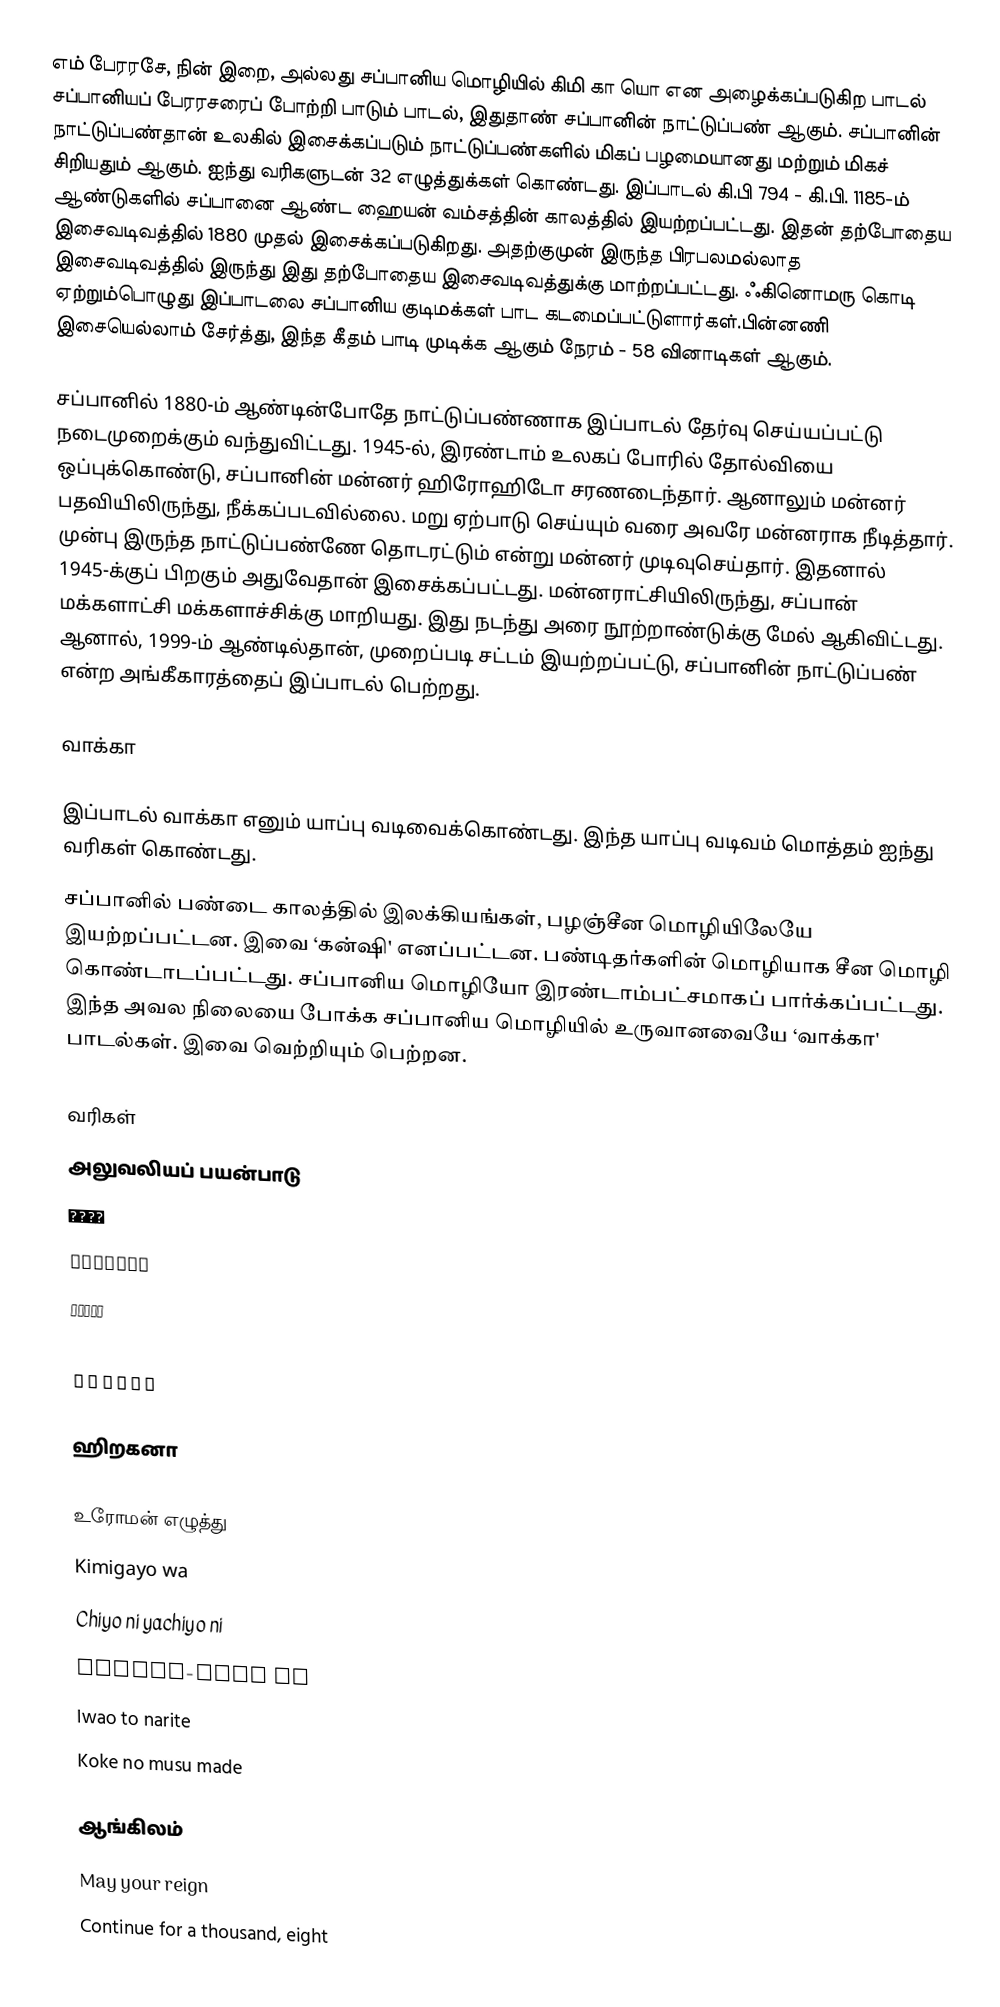
எம் பேரரசே, நின் இறை, அல்லது சப்பானிய மொழியில் கிமி கா யொ என அழைக்கப்படுகிற பாடல் சப்பானியப் பேரரசரைப் போற்றி பாடும் பாடல், இதுதாண் சப்பானின் நாட்டுப்பண் ஆகும். சப்பானின் நாட்டுப்பண்தான் உலகில் இசைக்கப்படும் நாட்டுப்பண்களில் மிகப் பழமையானது மற்றும் மிகச் சிறியதும் ஆகும். ஐந்து வரிகளுடன் 32 எழுத்துக்கள் கொண்டது. இப்பாடல் கி.பி 794 - கி.பி. 1185-ம் ஆண்டுகளில் சப்பானை ஆண்ட ஹையன் வம்சத்தின் காலத்தில் இயற்றப்பட்டது. இதன் தற்போதைய இசைவடிவத்தில் 1880 முதல் இசைக்கப்படுகிறது. அதற்குமுன் இருந்த பிரபலமல்லாத இசைவடிவத்தில் இருந்து இது தற்போதைய இசைவடிவத்துக்கு மாற்றப்பட்டது. ஃகினொமரு கொடி ஏற்றும்பொழுது இப்பாடலை சப்பானிய குடிமக்கள் பாட கடமைப்பட்டுளார்கள்.பின்னணி இசையெல்லாம் சேர்த்து, இந்த கீதம் பாடி முடிக்க ஆகும் நேரம் - 58 வினாடிகள் ஆகும்.

சப்பானில் 1880-ம் ஆண்டின்போதே நாட்டுப்பண்ணாக இப்பாடல் தேர்வு செய்யப்பட்டு நடைமுறைக்கும் வந்துவிட்டது. 1945-ல், இரண்டாம் உலகப் போரில் தோல்வியை ஒப்புக்கொண்டு, சப்பானின் மன்னர் ஹிரோஹிடோ சரணடைந்தார். ஆனாலும் மன்னர் பதவியிலிருந்து, நீக்கப்படவில்லை. மறு ஏற்பாடு செய்யும் வரை அவரே மன்னராக நீடித்தார். முன்பு இருந்த நாட்டுப்பண்ணே தொடரட்டும் என்று மன்னர் முடிவுசெய்தார். இதனால் 1945-க்குப் பிறகும் அதுவேதான் இசைக்கப்பட்டது. மன்னராட்சியிலிருந்து, சப்பான் மக்களாட்சி மக்களாச்சிக்கு மாறியது. இது நடந்து அரை நூற்றாண்டுக்கு மேல் ஆகிவிட்டது. ஆனால், 1999-ம் ஆண்டில்தான், முறைப்படி சட்டம் இயற்றப்பட்டு, சப்பானின் நாட்டுப்பண் என்ற அங்கீகாரத்தைப் இப்பாடல் பெற்றது.

வாக்கா

இப்பாடல் வாக்கா எனும் யாப்பு வடிவைக்கொண்டது. இந்த யாப்பு வடிவம் மொத்தம் ஐந்து வரிகள் கொண்டது.
சப்பானில்  பண்டை காலத்தில் இலக்கியங்கள், பழஞ்சீன மொழியிலேயே இயற்றப்பட்டன. இவை ‘கன்ஷி' எனப்பட்டன. பண்டிதர்களின் மொழியாக சீன மொழி கொண்டாடப்பட்டது. சப்பானிய மொழியோ இரண்டாம்பட்சமாகப் பார்க்கப்பட்டது. இந்த அவல நிலையை போக்க சப்பானிய மொழியில் உருவானவையே ‘வாக்கா' பாடல்கள். இவை வெற்றியும் பெற்றன.

வரிகள்
அலுவலியப் பயன்பாடு
君が代は
千代に八千代に
さざれ石の
巌となりて
苔の生すまで

ஹிறகனா

உரோமன் எழுத்து
Kimigayo wa
Chiyo ni yachiyo ni
Sazare-ishi no
Iwao to narite
Koke no musu made

ஆங்கிலம்
May your reign
Continue for a thousand, eight